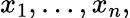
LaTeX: x_{1},\dots,x_{n},